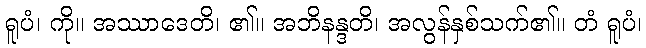
ရူပံ၊ ကို။ အဿာဒေတိ၊ ၏။ အဘိနန္ဒတိ၊ အလွန်နှစ်သက်၏။ တံ ရူပံ၊